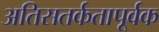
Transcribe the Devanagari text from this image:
अतिसतर्कतापूर्वक